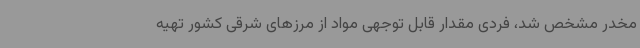
مخدر مشخص شد، فردی مقدار قابل توجهی مواد از مرزهای شرقی کشور تهیه